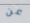
عن